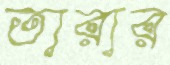
তারার